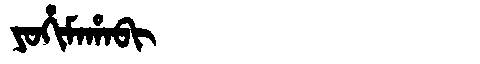
Manchu: ᠶᠣᡥᡳᠮᠠᡥᠠᠪᡳ
Romanization: YOHIMAHABI